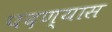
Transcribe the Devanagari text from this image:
पदण्यास